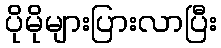
ပိုမိုများပြားလာပြီး